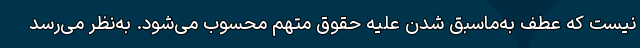
نیست که عطف به‌ماسبق شدن علیه حقوق متهم محسوب می‌شود. به‌نظر می‌رسد